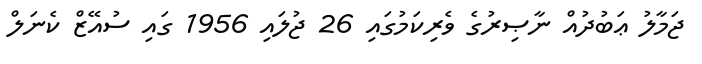
ޖަމާލު ޢަބުދުއް ނާޞިރުގެ ވެރިކަމުގައި 26 ޖުލައި 1956 ގައި ސުއޭޒް ކެނަލް